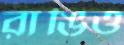
রাঙিও